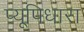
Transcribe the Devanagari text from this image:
प्यूपिधारा